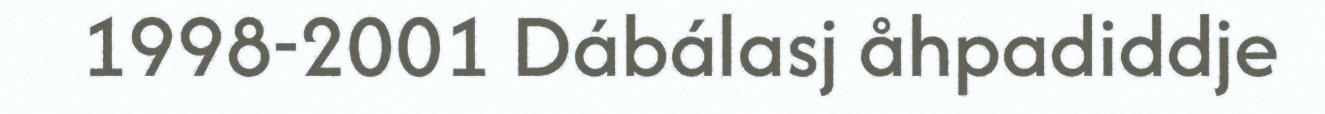
1998-2001 Dábálasj åhpadiddje